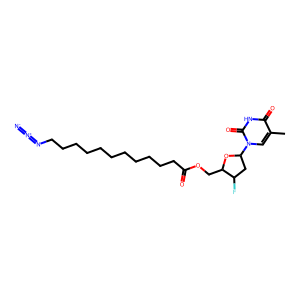
SMILES: Cc1cn(C2CC(F)C(COC(=O)CCCCCCCCCCCN=[N+]=[N-])O2)c(=O)[nH]c1=O
Inhibits HIV replication: Yes